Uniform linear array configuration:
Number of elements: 24
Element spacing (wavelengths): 0.25
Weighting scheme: cosine
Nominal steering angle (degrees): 45
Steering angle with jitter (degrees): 44.386
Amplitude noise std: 0.05
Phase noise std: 0.05

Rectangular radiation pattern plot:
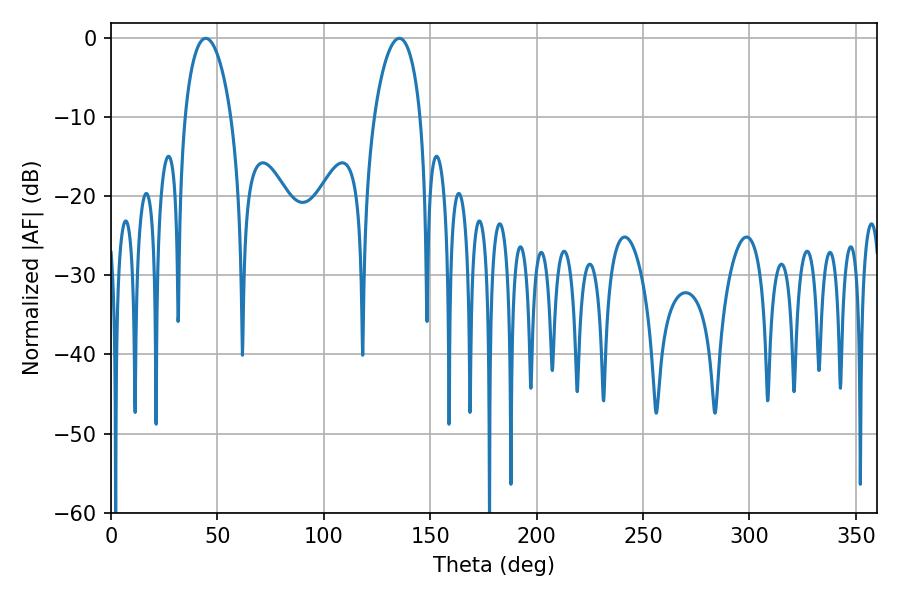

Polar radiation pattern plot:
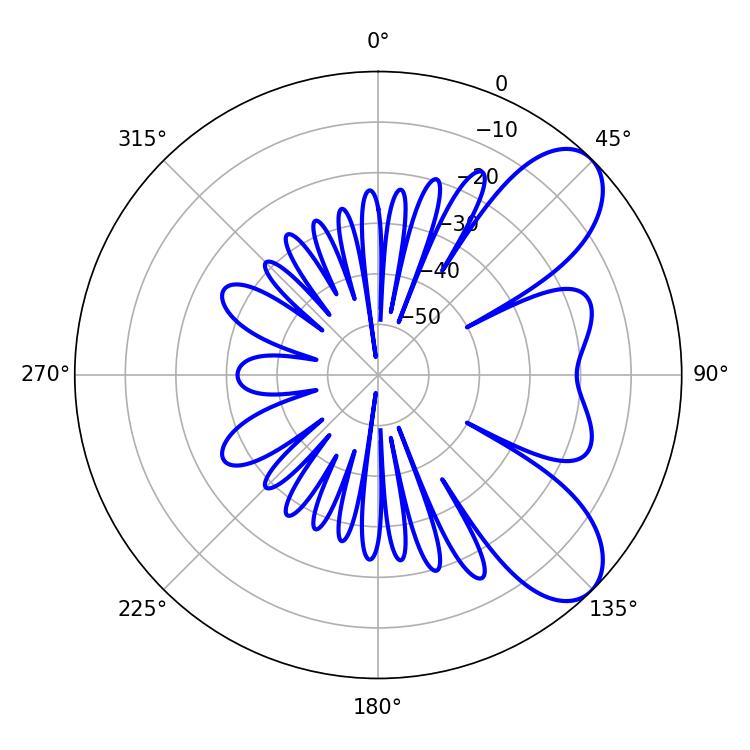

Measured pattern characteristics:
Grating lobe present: FALSE
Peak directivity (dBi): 7.766
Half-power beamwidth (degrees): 12.42
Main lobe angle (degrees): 44.46